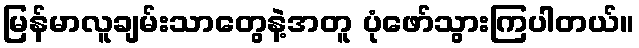
မြန်မာလူချမ်းသာတွေနဲ့အတူ ပုံဖော်သွားကြပါတယ်။